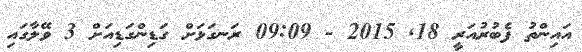
އައިންތު ފެބުރުއަރީ 18